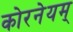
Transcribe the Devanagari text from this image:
कोरनेयम्